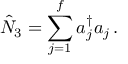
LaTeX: \hat { N } _ { 3 } = \sum \sp f _ { j = 1 } a _ { j } \sp { \dagger } a _ { j } \, .